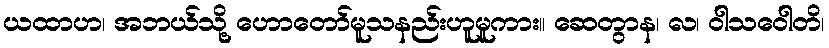
ယထာဟ၊ အဘယ်သို့ ဟောတော်မူသနည်းဟူမူကား။ ဆေတွာန၊ လ၊ ဝါသဝေါတိ၊